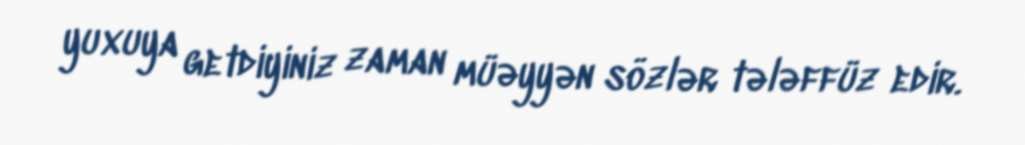
yuxuya getdiyiniz zaman müəyyən sözlər tələffüz edir.